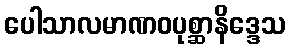
ပေါသာလမာဏဝပုစ္ဆာနိဒ္ဒေသ